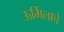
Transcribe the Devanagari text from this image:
ऊर्मिलाचे